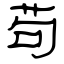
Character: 苟